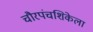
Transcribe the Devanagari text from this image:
चौरपंचशिकेला